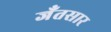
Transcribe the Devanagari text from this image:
जँतसार